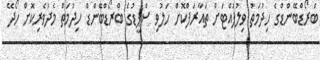
ބްރޯޑްބޭންޑްގެ ހިދުމަތް ވިލުފުއްޓަށް ތައާރަފްކޮށް ހަލުވި ސްޕީޑުގެ ބްރޯޑްބޭންޑް ހިދުމަތް މެދުވެރިކޮށް ހޯދޭ